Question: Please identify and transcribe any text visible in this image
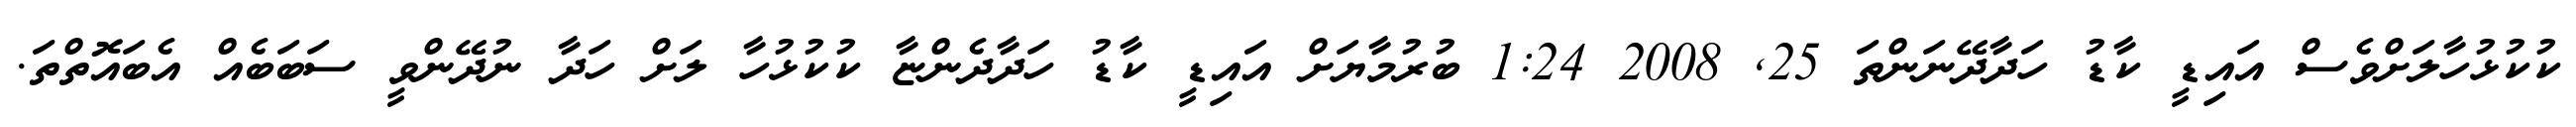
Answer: ކުކުޅުހާލަށްވެސް އައިޑީ ކާޑު ހަދާދޭނަންތަ 25, 2008 1:24 ބުރުމާޔަށް އައިޑީ ކާޑު ހަދާދެންޏާ ކުކުޅުހާ ލަށް ހަދާ ނުދޭންވީ ސަބަބެއް އެބައޮތްތަ.